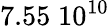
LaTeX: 7.55\; 10^{10}